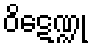
ဝိဋေဏ္ဍု